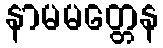
နာမမတ္တေန